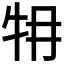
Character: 𤘟